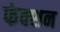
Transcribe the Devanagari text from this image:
फंक्‍शन